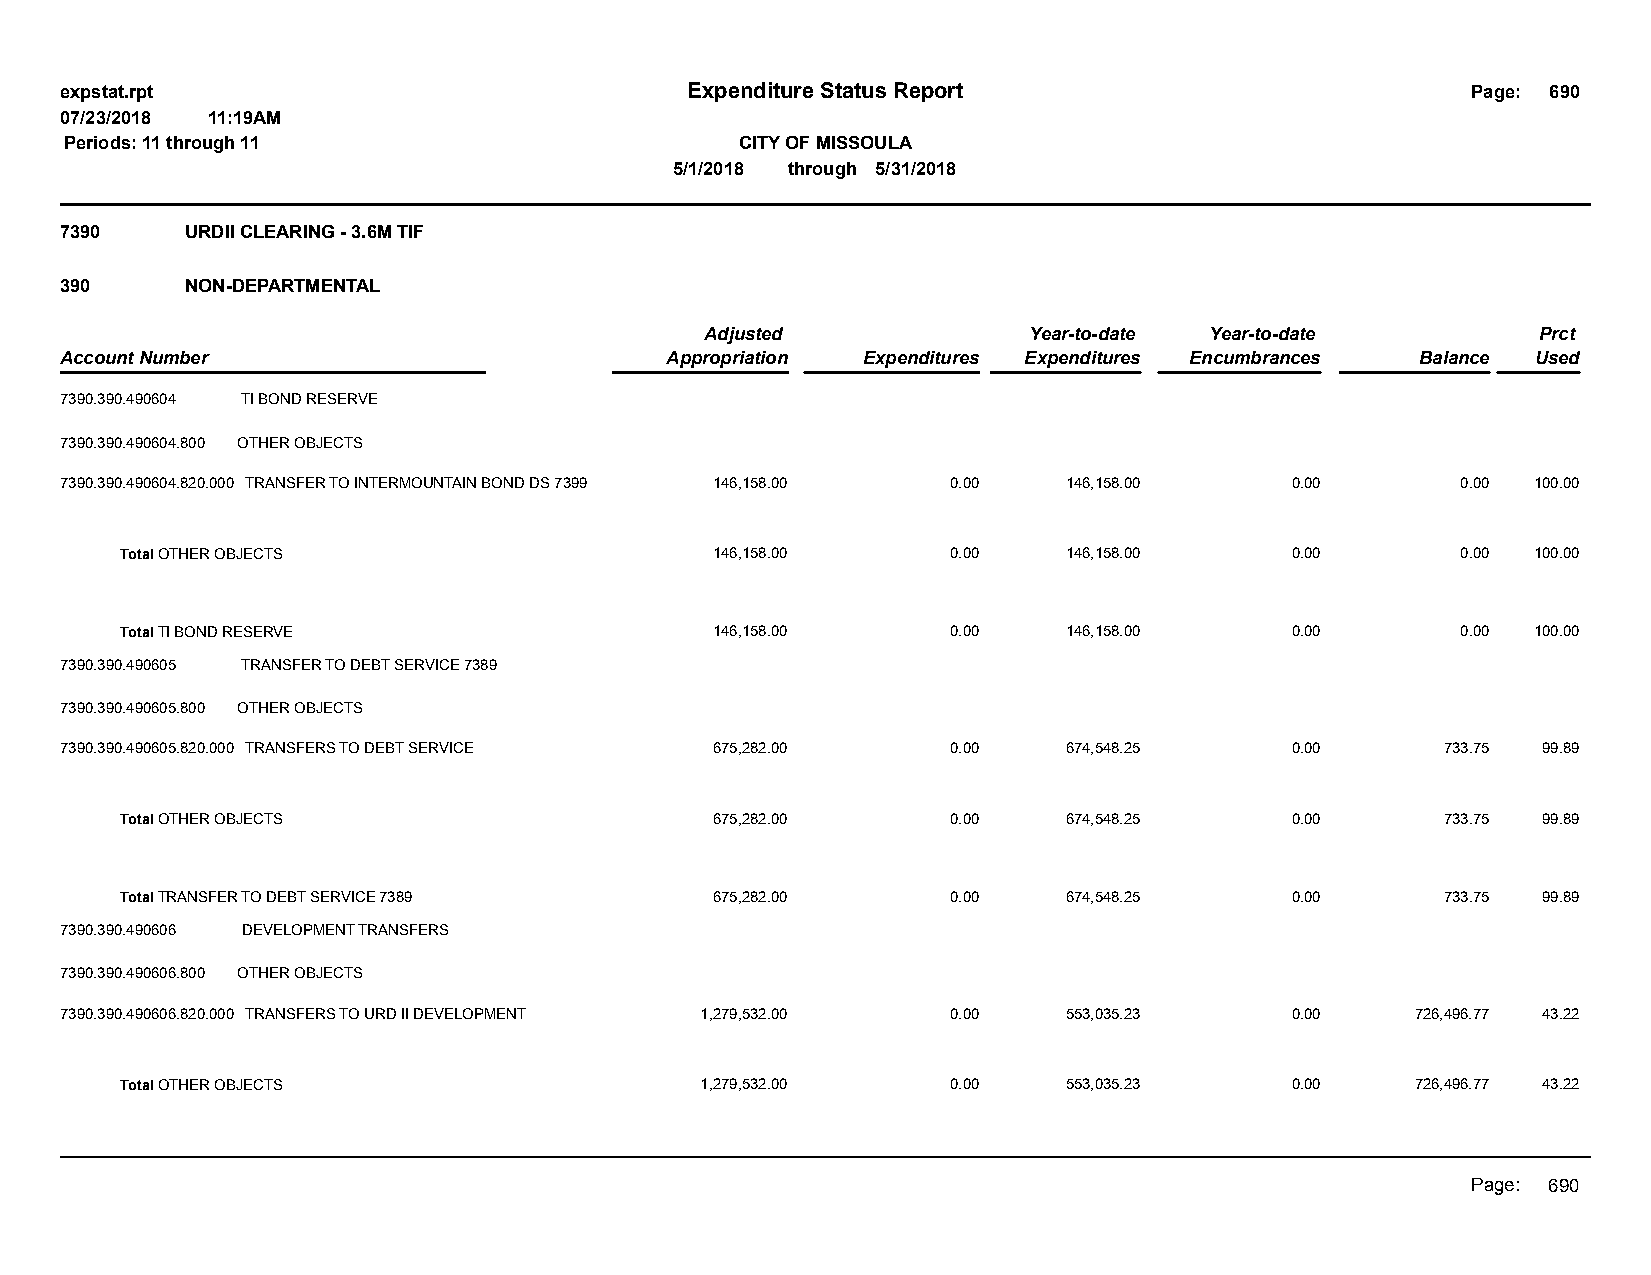
expstat.rpt                              Expenditure Status Report                           Page: 690
 07/23/2018 11:19AM
 Periods: 11 through 11                       CITY OF MISSOULA
 5/1/2018 through 5/31/2018
 7390    URDII CLEARING - 3.6M TIF
 390     NON-DEPARTMENTAL
 Adjusted             Year-to-date Year-to-date         Prct
 Account Number                          Appropriation Expenditures Expenditures Encumbrances Balance Used
 7390.390.490604 TI BOND RESERVE
 7390.390.490604.800 OTHER OBJECTS
 7390.390.490604.820.000 TRANSFER TO INTERMOUNTAIN BOND DS 7399 146,158.00 0.00 146,158.00 0.00 0.00 100.00
 Total OTHER OBJECTS                    146,158.00      0.00    146,158.00    0.00        0.00 100.00
 Total TI BOND RESERVE                  146,158.00      0.00    146,158.00    0.00        0.00 100.00
 7390.390.490605 TRANSFER TO DEBT SERVICE 7389
 7390.390.490605.800 OTHER OBJECTS
 7390.390.490605.820.000 TRANSFERS TO DEBT SERVICE 675,282.00 0.00  674,548.25    0.00       733.75 99.89
 Total OTHER OBJECTS                    675,282.00      0.00    674,548.25    0.00       733.75 99.89
 Total TRANSFER TO DEBT SERVICE 7389    675,282.00      0.00    674,548.25    0.00       733.75 99.89
 7390.390.490606 DEVELOPMENT TRANSFERS
 7390.390.490606.800 OTHER OBJECTS
 7390.390.490606.820.000 TRANSFERS TO URD II DEVELOPMENT 1,279,532.00 0.00 553,035.23 0.00 726,496.77 43.22
 Total OTHER OBJECTS                   1,279,532.00     0.00    553,035.23    0.00     726,496.77 43.22
 Page: 690